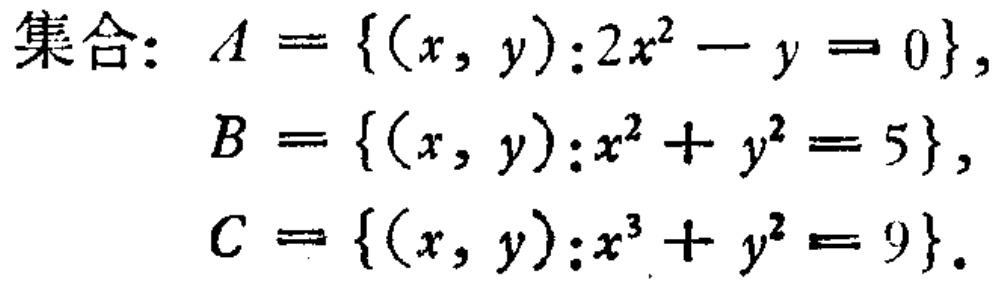
集合：$A = \{(x, y):2x^{2}-y = 0\},$

$B = \{(x, y):x^{2}+y^{2}=5\},$

$C = \{(x, y):x^{3}+y^{2}=9\}.$